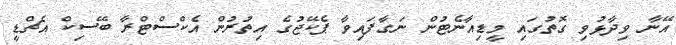
އޭނާ ވިދާޅުވި ގޮތުގައި މީޑިއާނެޓުން ނަގާފައިވާ ޕެކޭޖުގެ އިތުރުން އެކްސްޓްރާ ބޭސިކް އެޗްޑީ